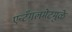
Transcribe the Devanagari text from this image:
एन्टँगलमेंटमुळे